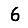
Digit: 6